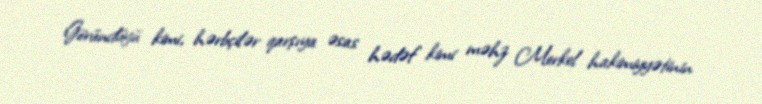
Göründüyü kimi, hərbçilər qarşıya əsas hədəf kimi məhz Merkel hakimiyyətinin